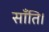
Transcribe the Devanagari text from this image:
साँति।